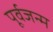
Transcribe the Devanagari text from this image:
पूर्वजन्‍म